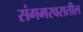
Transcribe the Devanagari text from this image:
संगमरवरातील